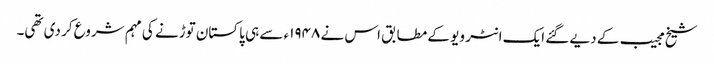
شیخ مجیب کے دیے گئے ایک انٹر ویو کے مطابق اس نے ۱۹۴۸ء سے ہی پاکستان توڑنے کی مہم شروع کر دی تھی۔